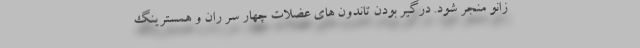
زانو منجر شود. درگیر بودن تاندون های عضلات چهار سر ران و همسترینگ